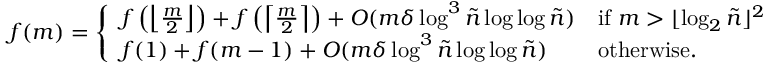
f ( m ) = \left\{ \begin{array} { l l } { f \left( \left\lfloor \frac { m } { 2 } \right\rfloor \right) + f \left( \left\lceil \frac { m } { 2 } \right\rceil \right) + O ( m \delta \log ^ { 3 } \tilde { n } \log \log \tilde { n } ) } & { \mathrm { i f ~ } m > \lfloor \log _ { 2 } \tilde { n } \rfloor ^ { 2 } } \\ { f ( 1 ) + f ( m - 1 ) + O ( m \delta \log ^ { 3 } \tilde { n } \log \log \tilde { n } ) } & { \mathrm { o t h e r w i s e } . } \end{array} \right.